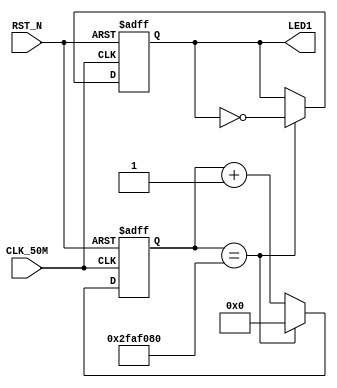
//---------------------------------------------------------------------------
//--		:	A4_Led2.v
//--			:	ZIRCON
//--			:	LED
//--		:	2014-1-1
//---------------------------------------------------------------------------
module A4_Led2
(
	//
	CLK_50M,RST_N,	
	//
	LED1		
);
	
//---------------------------------------------------------------------------
//--	
//---------------------------------------------------------------------------
input 			CLK_50M;					//,50M
input				RST_N;					//,
output			LED1;						//LED

//---------------------------------------------------------------------------
//--	
//---------------------------------------------------------------------------
reg	[26:0]	time_cnt;				//LED
reg	[26:0]	time_cnt_n;				//time_cnt
reg				led_reg;					//LED
reg				led_reg_n;				//led_reg


//1s,  (1*10^6)us / (1/50)us  50MHz
parameter SET_TIME_1S = 27'd50_000_000;		

//---------------------------------------------------------------------------
//--		
//---------------------------------------------------------------------------
//time_cnt
always @ (posedge CLK_50M or negedge RST_N)  
begin
	if(!RST_N)								//
		time_cnt  <=  27'h0;				//time_cnt
	else
		time_cnt  <=  time_cnt_n;		//time_cnt
end

//1s
always @ (*)  
begin
	if(time_cnt == SET_TIME_1S)		//1s
		time_cnt_n = 27'h0;				//1s,
	else
		time_cnt_n = time_cnt + 27'h1;//1s,
end

//---------------------------------------------------------------------------
//led_reg
always @ (posedge CLK_50M or negedge RST_N)  
begin
	if(!RST_N)								//
		led_reg <=  1'b0;					//led_reg
	else
		led_reg <=  led_reg_n;			//led_reg
end

//LED
always @ (*)  
begin
	if(time_cnt == SET_TIME_1S)		//1s
		led_reg_n = ~led_reg;			//1s,LED
	else
		led_reg_n = led_reg;				//1s,LED
end

assign LED1 = led_reg;					//,LED1

endmodule